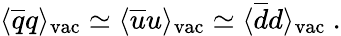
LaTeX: \langle\overline{{{q}}}q\rangle_{\mathrm{vac}}\simeq\langle\overline{{{u}}}u\rangle_{\mathrm{vac}}\simeq\langle\overline{{{d}}}d\rangle_{\mathrm{vac}}\ .